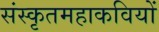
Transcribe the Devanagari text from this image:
संस्कृतमहाकवियों